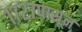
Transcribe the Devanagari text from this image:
१७२७पासून